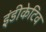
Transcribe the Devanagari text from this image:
इंडीकेटिव